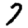
Digit: 7